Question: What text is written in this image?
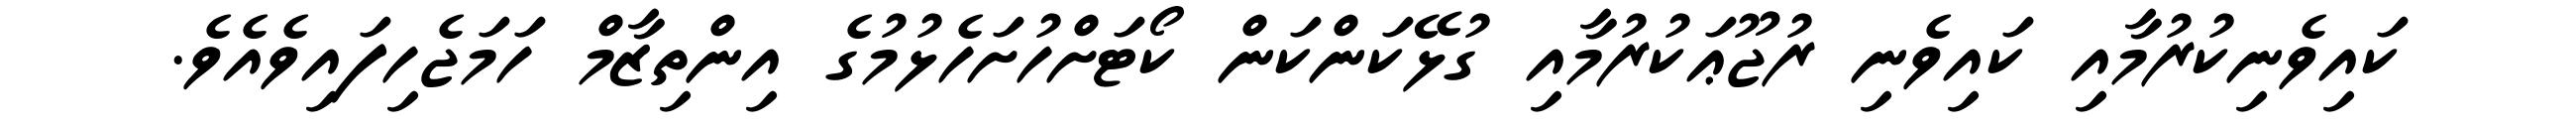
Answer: ކައިވެނިކުރުމާއި ކައިވެނި ރުޖޫޢަކުރުމާއި ގުޅޭކަންކަން ކޯޓަށްހުށަހެޅުމުގެ އިންތިޒާމް ހަމަޖެހިފައިވެއެވެ.